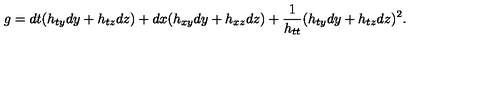
g = d t ( h _ { t y } d y + h _ { t z } d z ) + d x ( h _ { x y } d y + h _ { x z } d z ) + { \frac { 1 } { h _ { t t } } } ( h _ { t y } d y + h _ { t z } d z ) ^ { 2 } .